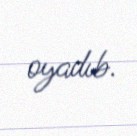
oyadıb.